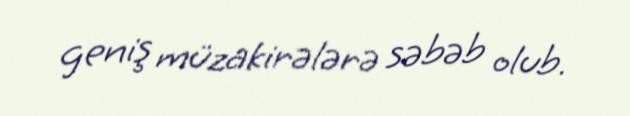
geniş müzakirələrə səbəb olub.